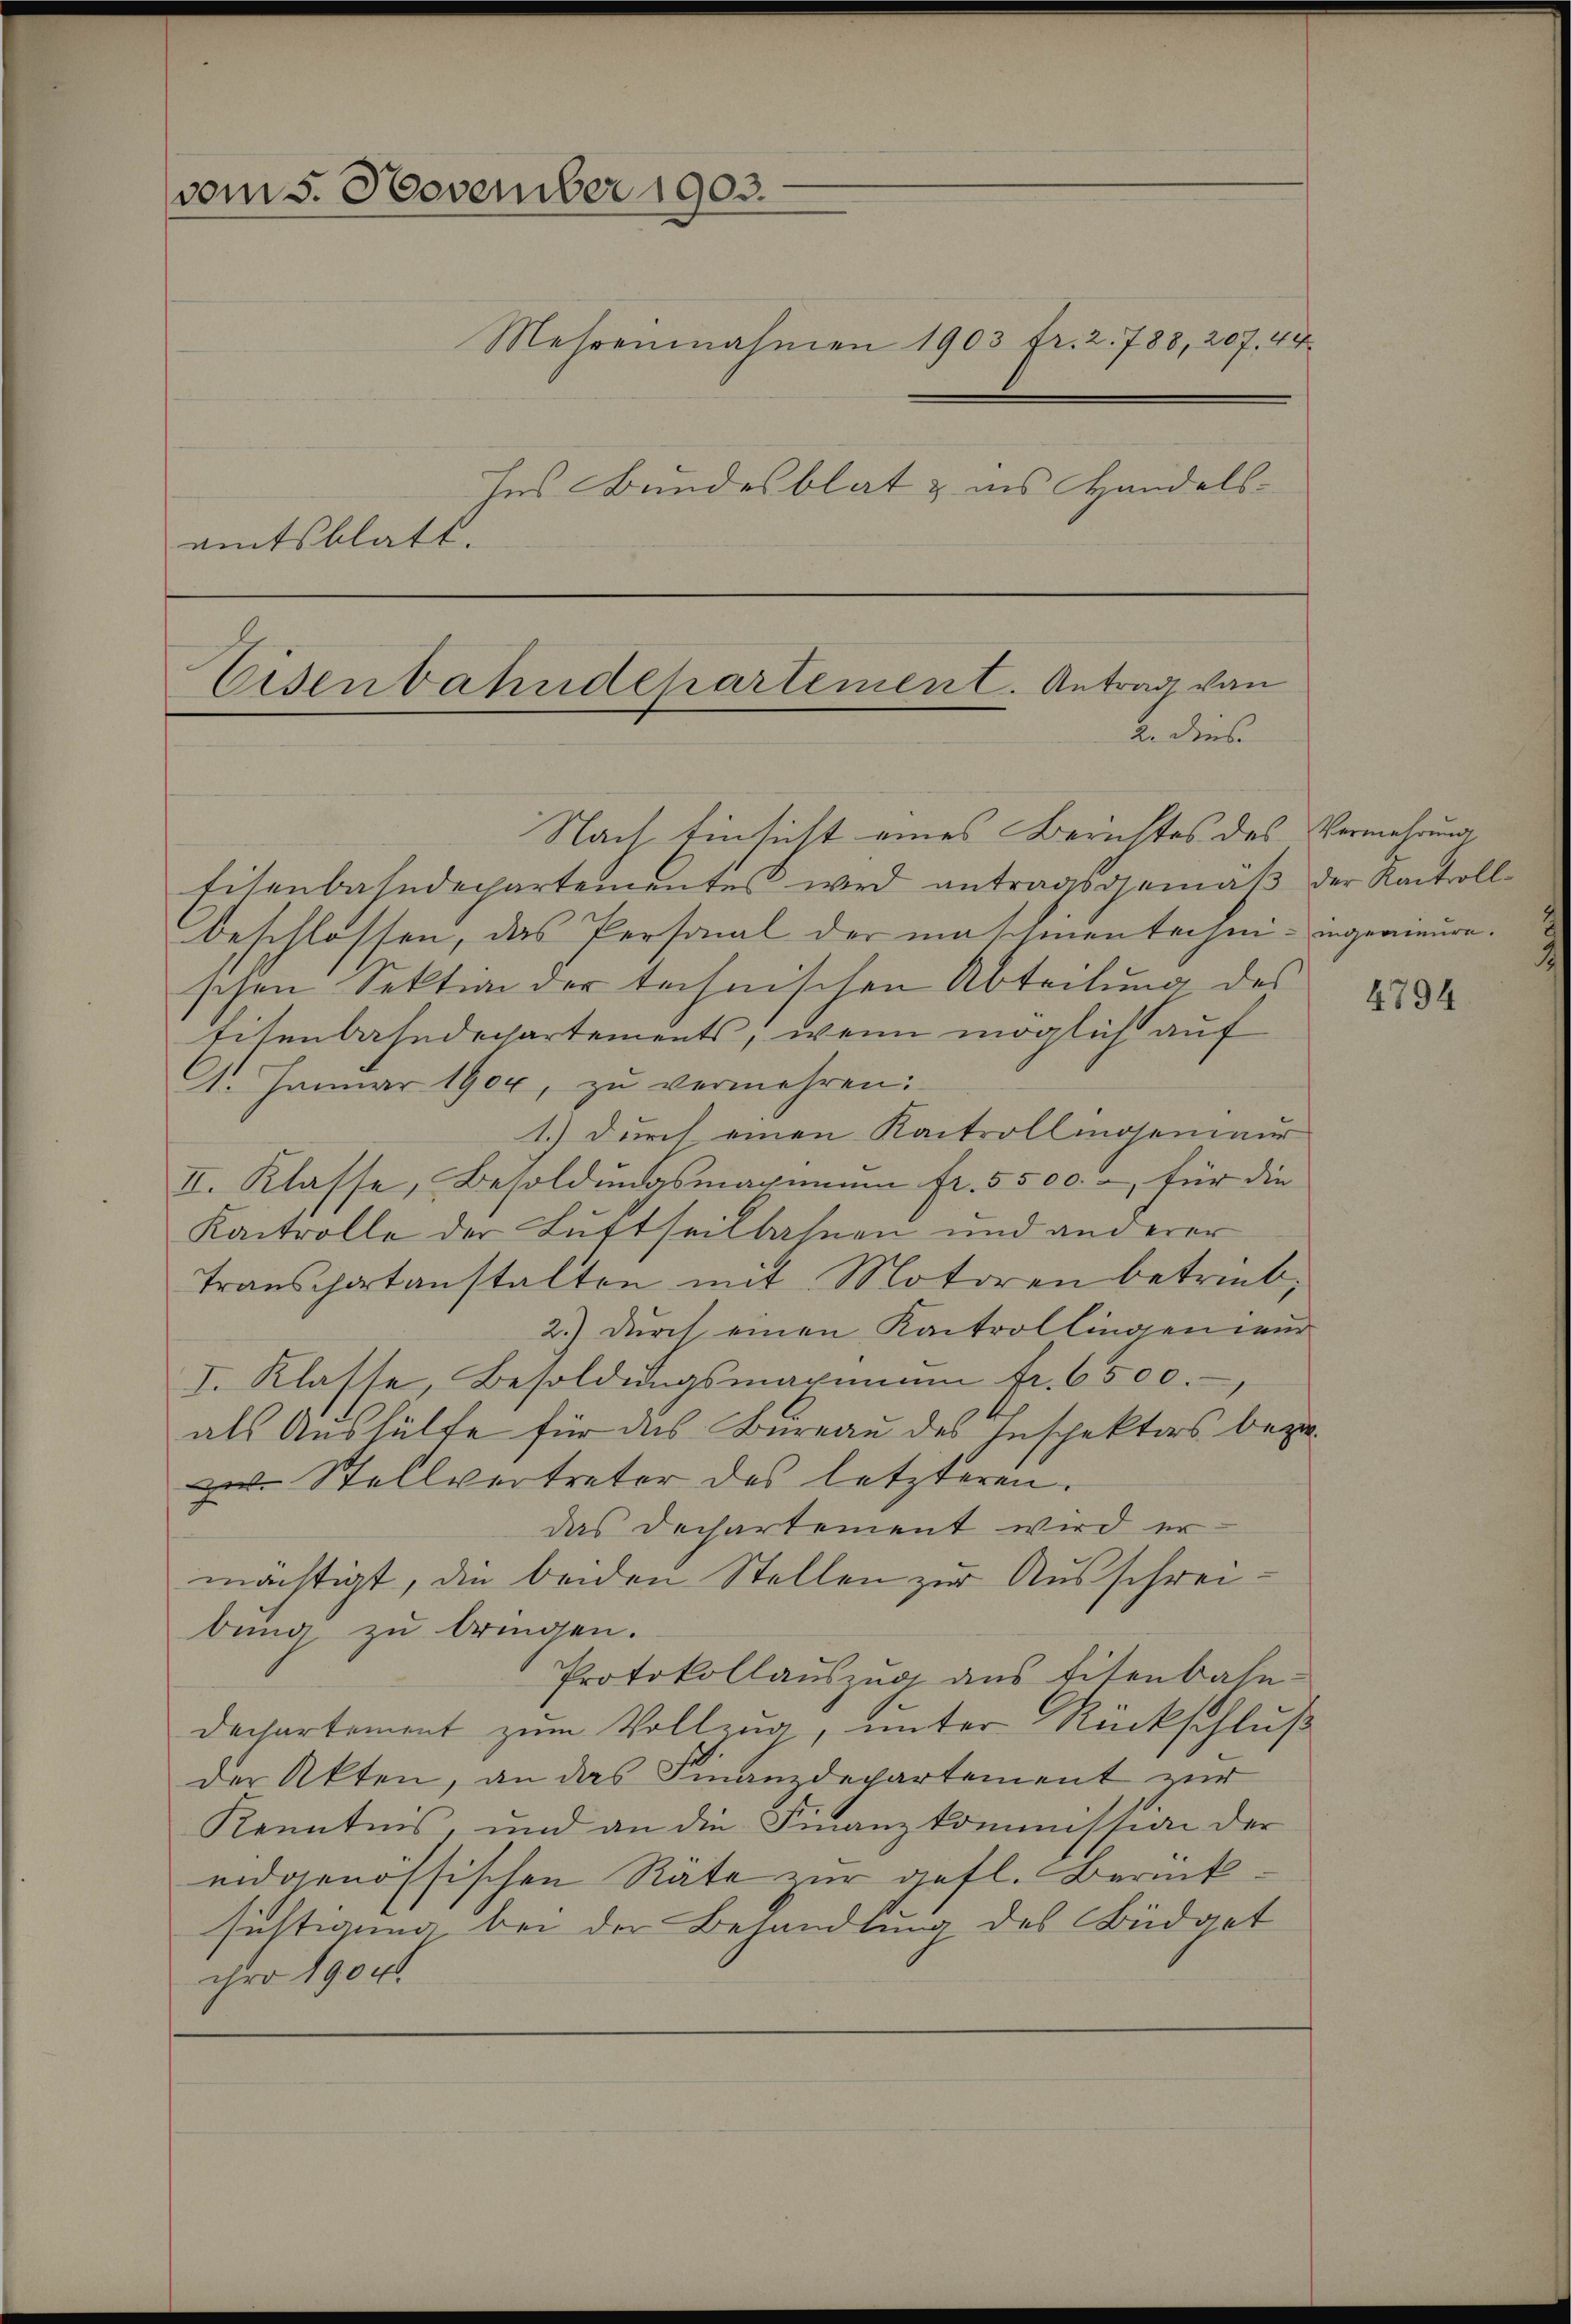
vom 5. November 1903.

emtsblatt.

hes Bundesblat & ins Handels¬

Mehrensnahmen 1903 fr. 2. 788, 207. 44

Eisenbahndepartement. Antrag von
2. dies

Nach Einsicht eines Berichtes des Vermehrung
Eisenbahndepartementes wird antragsgemäß der Kantrollbeschlossen, das Personal der maschinen techni- ingenieureschen Sektion der technischen Abteilung des
titenbahndepartements, wenn möglich auf
1. Januar 1904, zŭ vermehren:
1.) Durch einen Kantrollinosenieur
II. Klasse, Besoldungsmagium fr. 5500. – für die
Kaitrolle der Luttheilbahnen und anderer
Transchatanstalten mit Motoren betrieb,
2.) Durch einen Kontrollingen nur
I. Klatte, Besoldŭngsmachimŭm fr. 6500.
als Aushülfe für das Bureau des Inspektors beziezu Stellvertreter des letzteren.
das Dechartement wird ermächtigt, die beiden Stellen zur Ausschreibung zu bringen.
Protokollauszug aus Eisenbahn-
Dechartement zum Vollzug, unter Rückschluß
der Akten, an das Finanzdepartement zur
Kenntnis, und an die Finanzkommission der
eidgenössischen Räte zur gefl. Berück
sichtigung bei der Behandlung des Büdget
ihro 1904.

4794